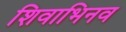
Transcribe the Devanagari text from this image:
शिवाभिनव